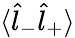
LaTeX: \langle\hat{l}_{-}\hat{l}_{+}\rangle